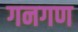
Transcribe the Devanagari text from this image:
गनगण